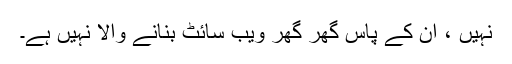
نہیں ، ان کے پاس گھر گھر ویب سائٹ بنانے والا نہیں ہے۔